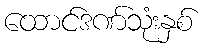
ထောင်ဒဏ်သုံးနှစ်